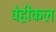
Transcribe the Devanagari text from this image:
वेहीकल